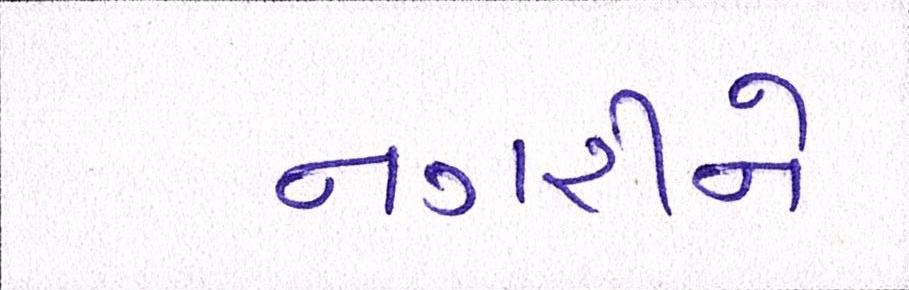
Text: નગરીને